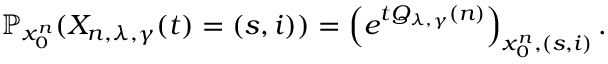
\mathbb { P } _ { x _ { 0 } ^ { n } } ( X _ { n , \lambda , \gamma } ( t ) = ( s , i ) ) = \left( e ^ { t Q _ { \lambda , \gamma } ( n ) } \right) _ { x _ { 0 } ^ { n } , ( s , i ) } .